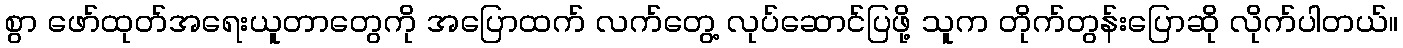
စွာ ဖော်ထုတ်အရေးယူတာတွေကို အပြောထက် လက်တွေ့ လုပ်ဆောင်ပြဖို့ သူက တိုက်တွန်းပြောဆို လိုက်ပါတယ်။